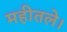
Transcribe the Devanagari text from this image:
महीतले।